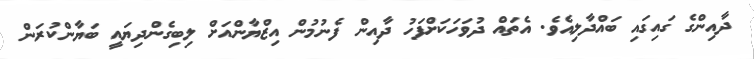
ދާއިންގެ ގައިގައި ބައްދާލިއެވެ. އެތައް ދުވަހަކަށްފަހު ދާއިން ފެނުމުން އިޒްޔާންއަށް ލިބިގެންދިޔައީ ބަޔާންކުރަން